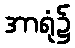
အာရုံ၌